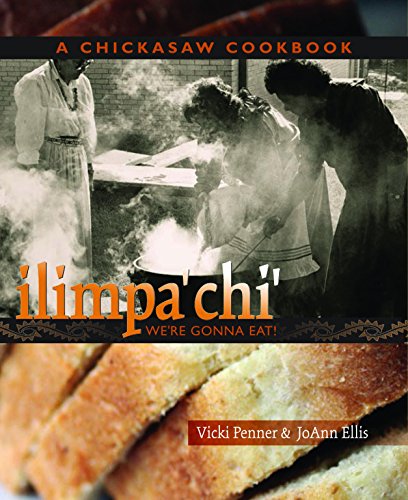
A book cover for ilimpa'chi' We're Gonna Eat!; JoAnn Ellis; Cookbooks, Food & Wine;